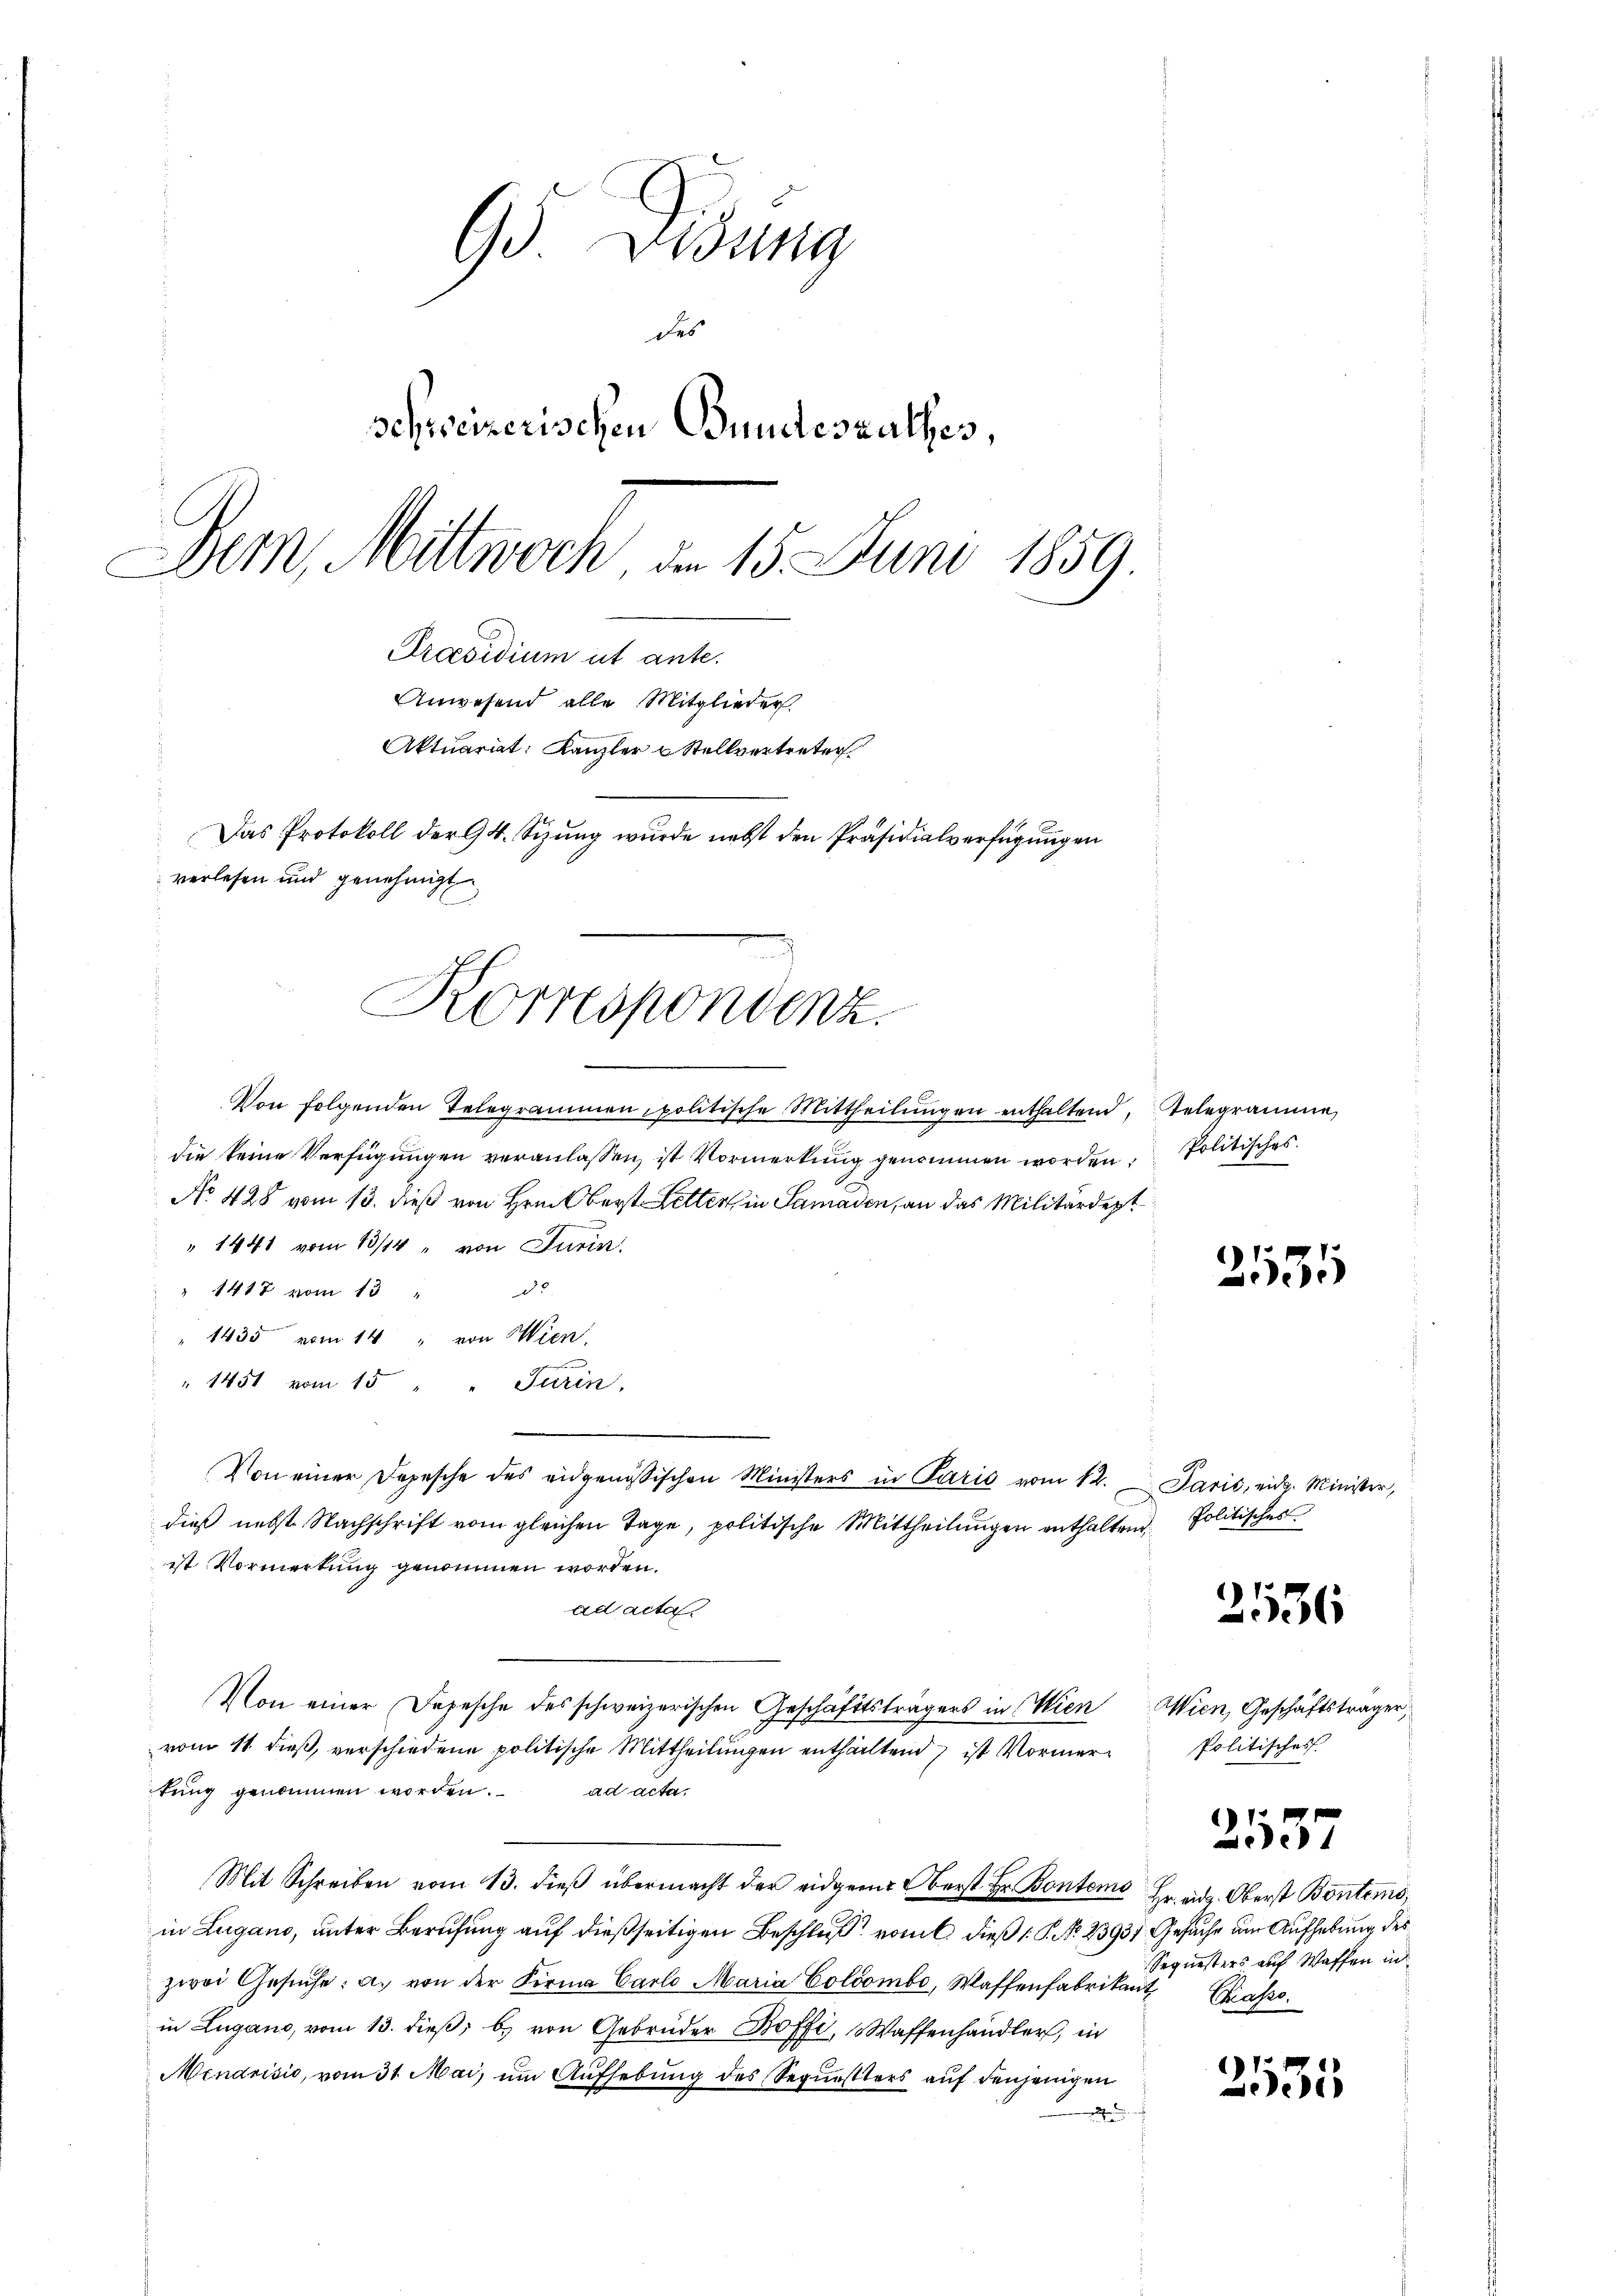
95 Didung
des
Schweizerischen Bundesrathes,
Dem Mittwoch, d. 15. Juni 1859.
Praesidium ut ante.
Anwesend alle Mitglieder.
Aktuariat: Kanzler u Stellvertreten
Das Protokoll der 94. Sizung wurde nebst den Präsidialverfügungen
verlesen und genehmigt

Korrespondenz.

Von folgenden Telegrammen politische Mittheilŭngen enthaltend,
die keine Verfügungen veranlassen, ist Vormerkung genommen worden:
No 428 vom 13. dieß von Hrn. Bert Letter in Samaden, an das Militärdept
" 1441 vom 13/14 . von Jurin
do
1417 vom 13.
" 1435 vom 14 " von Wien,
" 1451 vom 15 " Turin,
Von einer Depesche des eidgenössischen Ministers in Paris vom 12. Paris, eidg. Minister,
dieß nebst Nachschrift vom gleichen Tage, politische Mittheilungen enthalten Politisches
ist Vormerkung genommen worden.
ad acta.
Von einer Depesche des schweizerischen Geschäftsträgers in Wien Wien, Geschäftsträger,
vom 11. dieß, verschiedene politische Mittheilungen enthaltend, ist Vormerkung genommen worden. ad acta,
Mit Schreiben vom 13. dieβ übermacht der eidgen. Oberst Hr. Bonteme Hr. ad. Oberst Bontems,
in Lugano, unter Berufung auf dießseitigen Beschluß vom C. dieß (: P. Nr. 2393, Gesuche um Aufhebung des
zwei Gesŭche: a. von der Firma Carlo Maria Colombe, Waffenfabrikant
in Lugano, vom 13. dieß, b.) von Gebrüder Boffi, Waffenhändler, in
Mendrisis, vom 31. Mai, um Aufhebung des Sequestters auf denjenigen
.

Telegrame
Politisches.

2535

2536

politisches

1
57

Sequesters auf Waffen in
Sases.

2535